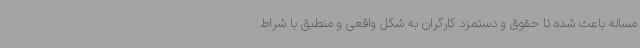
مساله باعث شده تا حقوق و دستمزد کارگران به شکل واقعی و منطبق با شراط